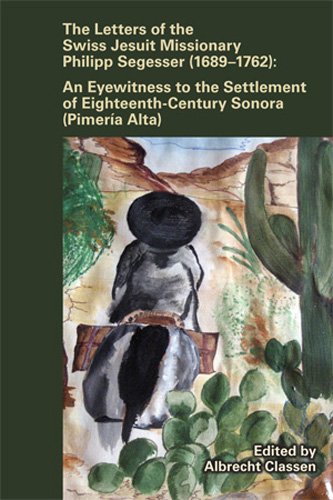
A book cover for The Letters of the Swiss Jesuit Missionary Philipp Segesser (1689-1762): An Eyewitness to the Settlement of Eighteenth-Century Sonora (Pimeria Alta) ... Renaissance Studies Occasional Publications); Biographies & Memoirs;